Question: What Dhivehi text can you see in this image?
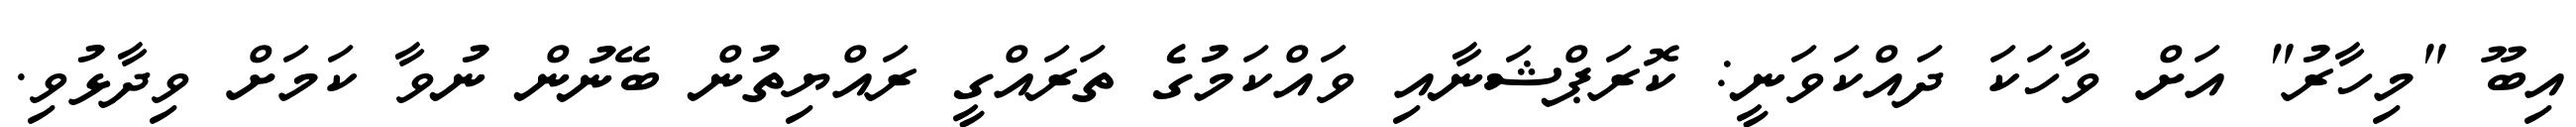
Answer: އިބޫ "މިހާރު" އަށް ވާހަކަ ދައްކަވަނީ: ކޮރަޕްޝަނާއި ވައްކަމުގެ ތަރައްގީ ރައްޔިތުން ބޭނުން ނުވާ ކަމަށް ވިދާޅުވި.